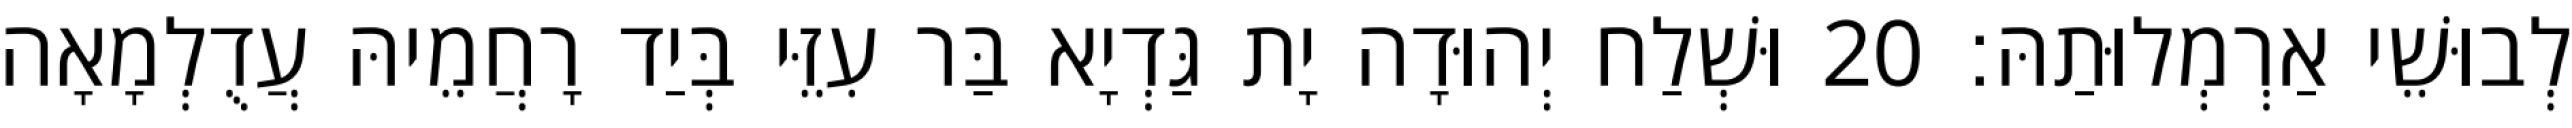
לְבוּשֵׁי אַרְמְלוּתַהּ׃ 20 וּשְׁלַח יְהוּדָה יָת גַּדְיָא בַּר עִזֵּי בְּיַד רָחֲמֵיהּ עֲדֻלְמָאָה